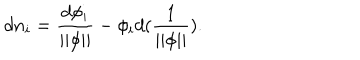
d n _ { i } = \frac { d \phi _ { i } } { | | \phi | | } - \phi _ { i } d ( { \frac 1 { | | \phi | | } } ) .